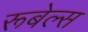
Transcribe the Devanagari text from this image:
रूबेल्स